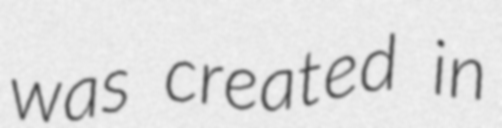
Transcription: was created in